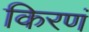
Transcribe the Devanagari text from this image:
किरणं